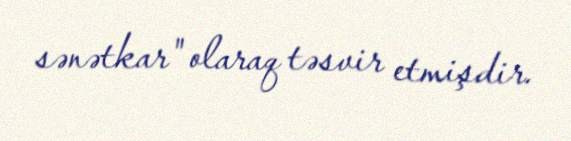
sənətkar" olaraq təsvir etmişdir.